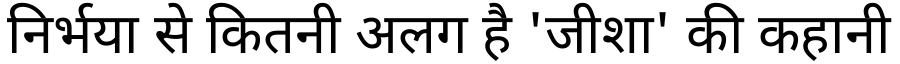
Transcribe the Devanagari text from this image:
निर्भया से कितनी अलग है 'जीशा' की कहानी